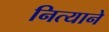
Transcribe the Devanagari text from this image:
नित्याने